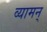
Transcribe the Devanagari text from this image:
व्यामन्